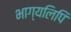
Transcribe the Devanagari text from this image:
भाग्यलिपि